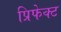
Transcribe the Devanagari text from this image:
प्रिफेक्ट